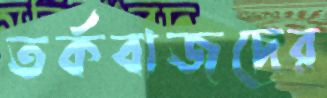
তর্কবাজদের